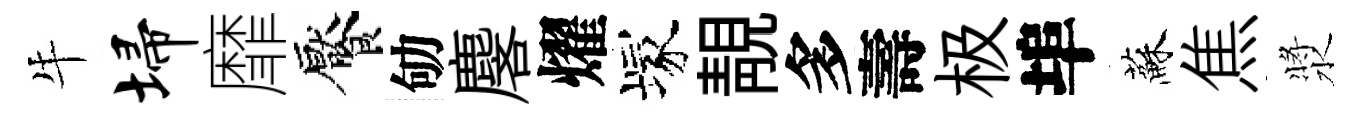
牛埽靡饜劬麐燿塚靚多壽极埠蘇焦漿